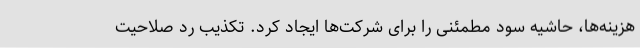
هزینه‌ها، حاشیه سود مطمئنی را برای شرکت‌ها ایجاد کرد. تکذیب رد صلاحیت